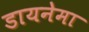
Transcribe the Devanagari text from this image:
डायनेमा